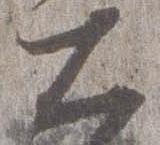
大